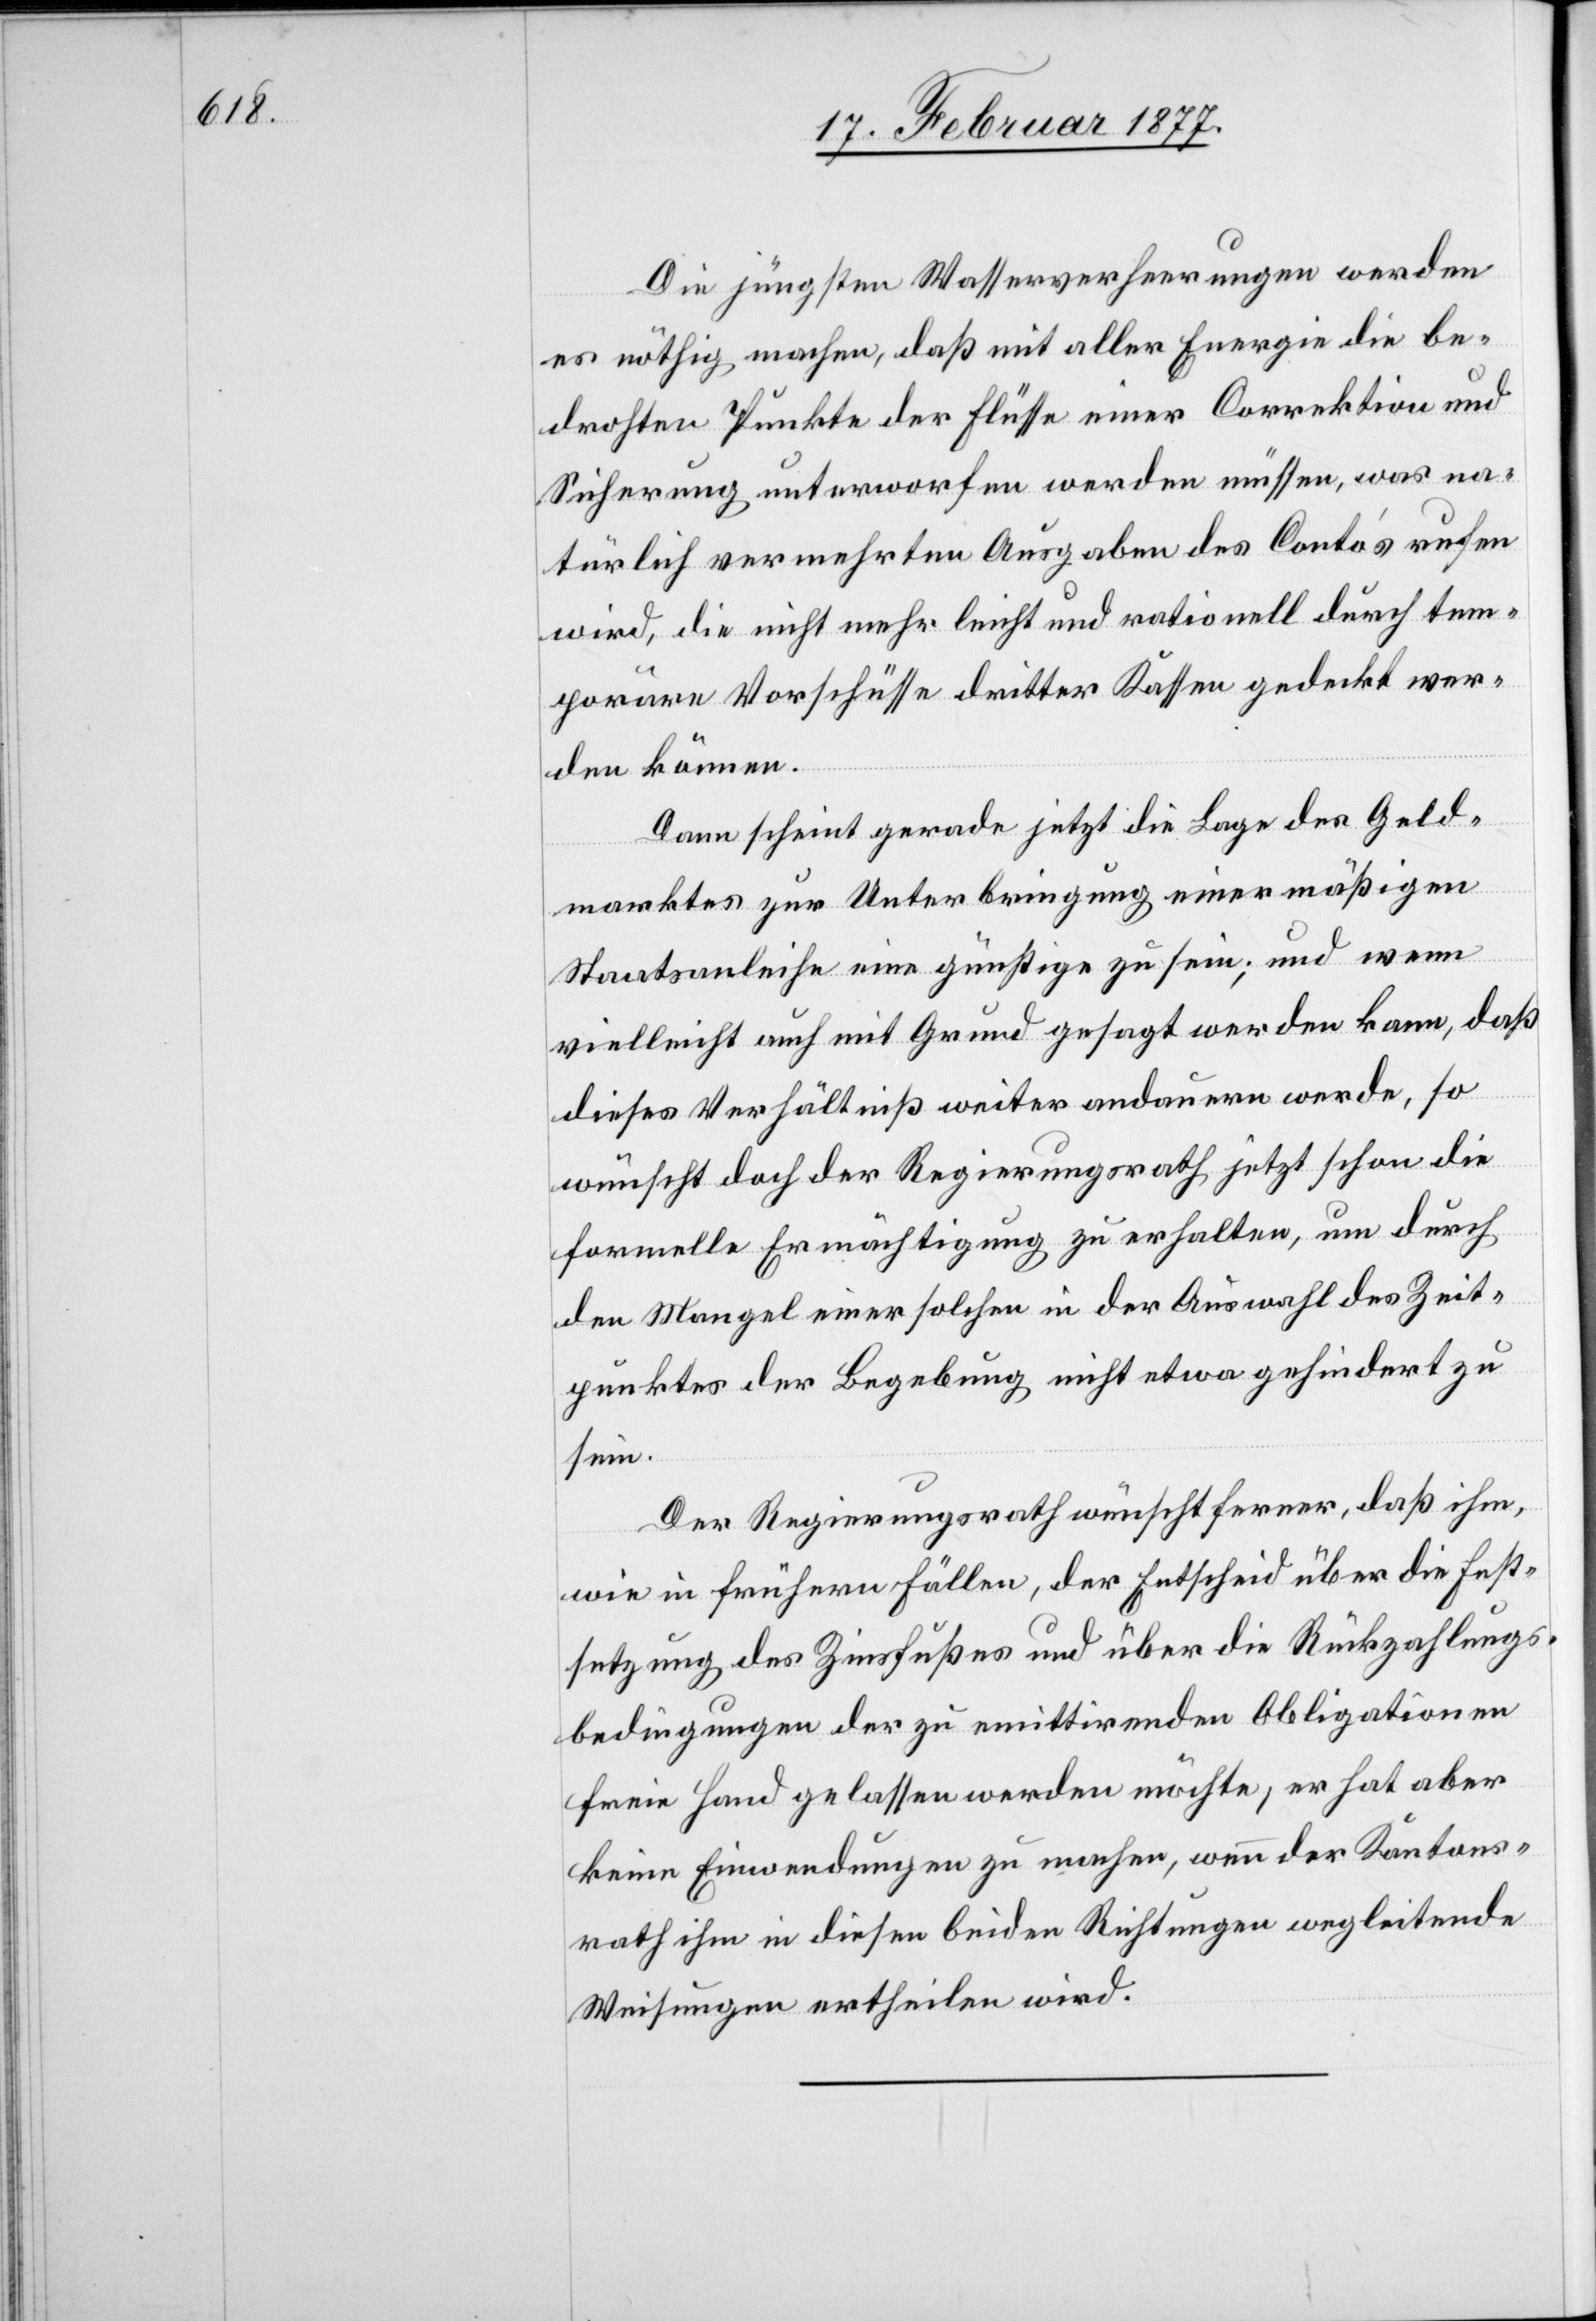
Die jüngsten Wasserverheerungen werden
es nöthig machen, daß mit aller Energie die be¬
drohten Punkte der Flüsse einer Correktion und
Sicherung unterworfen werden müssen, was na¬
türlich vermehrten Ausgaben des Conto’s rufen
wird, die nicht mehr leicht und rationell durch tem¬
poräre Vorschüsse dritter Kassen gedeckt wer¬
den können.
Dann scheint gerade jetzt die Lage des Geld¬
marktes zur Unterbringung einer mäßigen
Staatsanleihe eine günstige zu sein; und wenn
vielleicht auch mit Grund gesagt werden kann, daß
dieses Verhältniß weiter andauern werde, so
wünscht doch der Regierungsrath jetzt schon die
formelle Ermächtigung zu erhalten, um durch
den Mangel einer solchen in der Auswahl des Zeit¬
punktes der Begebung nicht etwa gehindert zu
sein.
Der Regierungsrath wünscht ferner, daß ihm,
wie in frühern Fällen, der Entscheid über die Fest¬
setzung des Zinsfußes und über die Rückzahlungs¬
bedingungen der zu emittirenden Obligationen
freie Hand gelassen werden möchte, er hat aber
keine Einwendungen zu machen, wenn der Kantons¬
rath ihm in diesen beiden Richtungen wegleitende
Weisungen ertheilen wird.